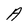
Character: A